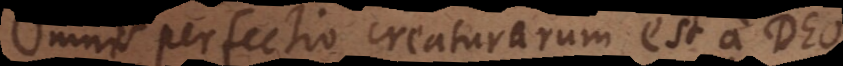
Omnis perfectio creaturarum est a Deo,